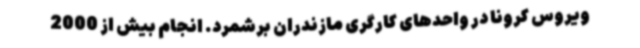
ویروس کرونا در واحدهای کارگری مازندران برشمرد. انجام بیش از 2000